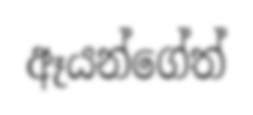
ඈයන්ගේත්